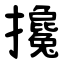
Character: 攙